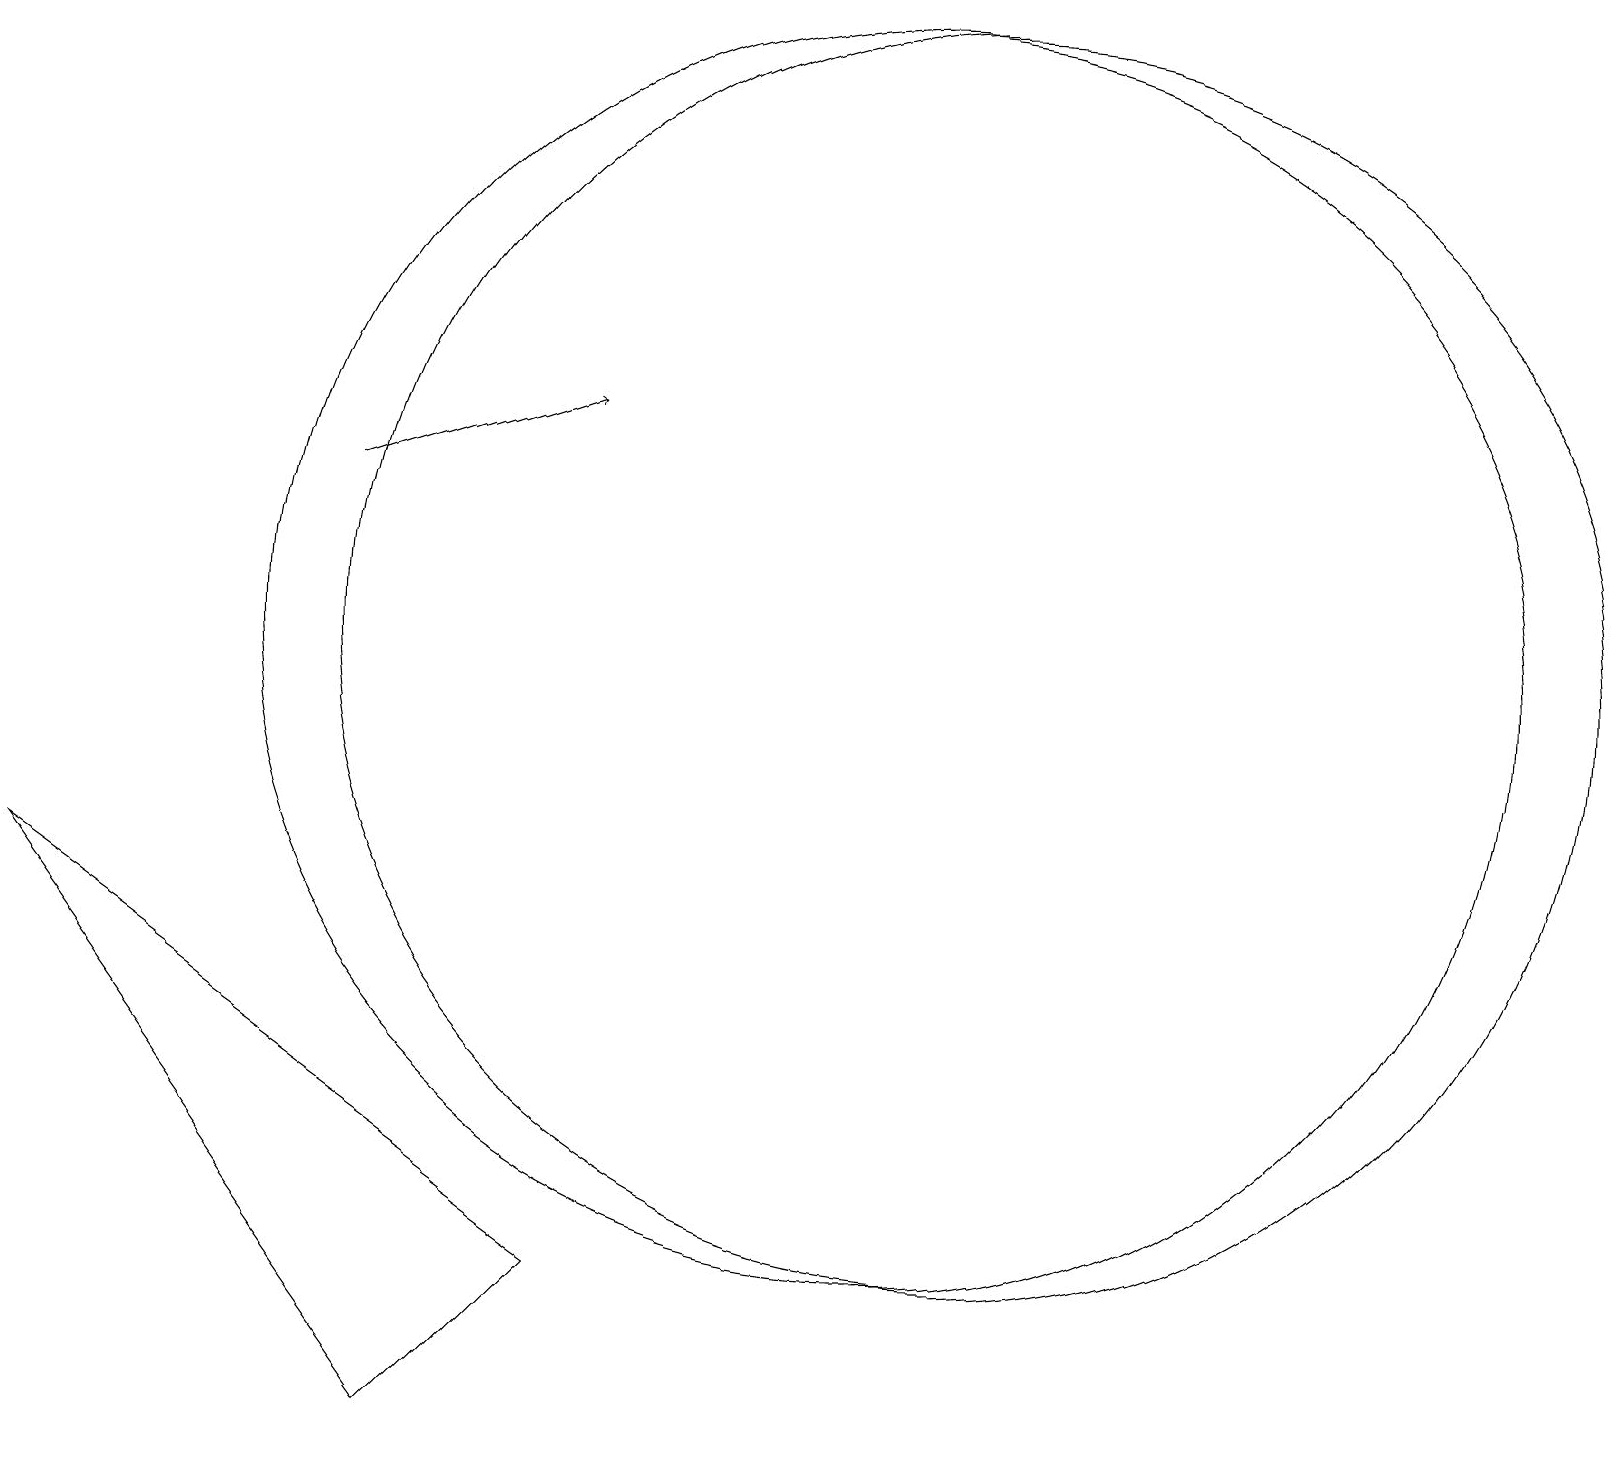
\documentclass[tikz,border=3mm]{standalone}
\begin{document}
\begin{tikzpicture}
\draw[->] (4,12) -- (7,13);
\draw (12,10) circle (8);
\draw (11,10) circle (8);
\draw (5,0) -- (0,7) -- (7,2) -- cycle;
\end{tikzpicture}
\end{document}